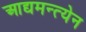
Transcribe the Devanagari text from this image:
आद्यमन्त्येन